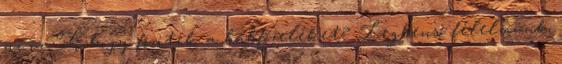
az íz. Ti hogy főzitek a babfőzeléket? Legbenső félelmünk